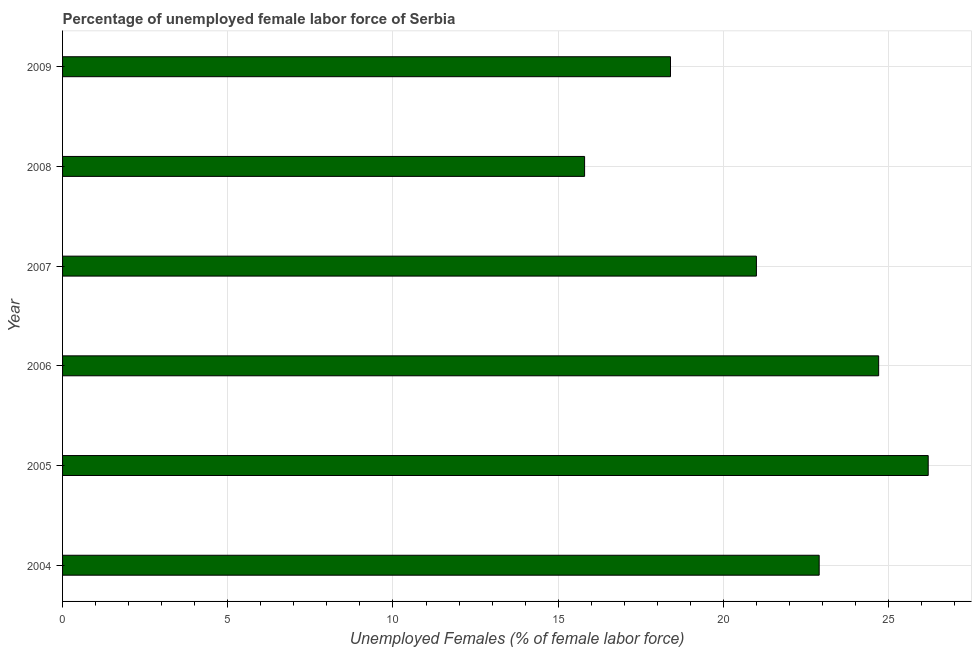
| Year | Unemployment female |
 | --- | --- |
 | 2004 | 22.9 |
 | 2005 | 26.2 |
 | 2006 | 24.7 |
 | 2007 | 21 |
 | 2008 | 15.8 |
 | 2009 | 18.4 |